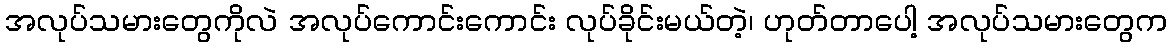
အလုပ်သမားတွေကိုလဲ အလုပ်ကောင်းကောင်း လုပ်ခိုင်းမယ်တဲ့၊ ဟုတ်တာပေါ့ အလုပ်သမားတွေက